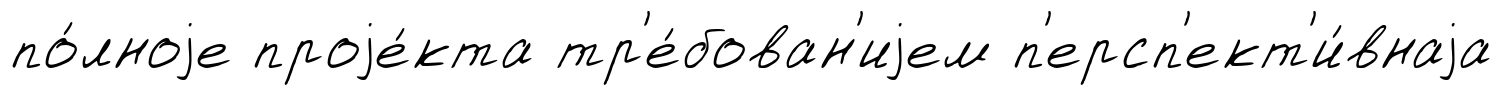
по́лноjе проjе́кта тр'е́бован'иjем п'ерсп'ект'и́внаjа